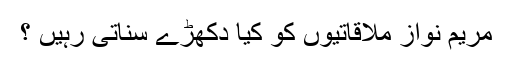
مریم نواز ملاقاتیوں کو کیا دکھڑے سناتی رہیں ؟